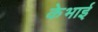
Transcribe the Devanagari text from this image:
केभाई